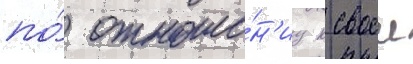
по́ отноше́н'иу к своеи